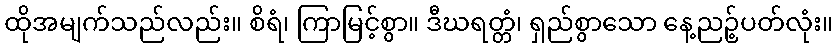
ထိုအမျက်သည်လည်း။ စိရံ၊ ကြာမြင့်စွာ။ ဒီဃရတ္တံ၊ ရှည်စွာသော နေ့ညဉ့်ပတ်လုံး။